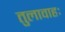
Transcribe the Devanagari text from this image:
तुलावाहः